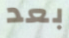
بعد